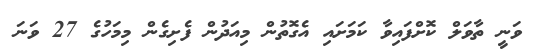
ވަނީ ތާވަލް ކޮށްފައިވާ ކަމަށައި އެގޮތުން މިއަދުން ފެށިގެން މިމަހުގެ 27 ވަނަ